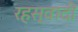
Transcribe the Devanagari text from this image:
रहस्वादी